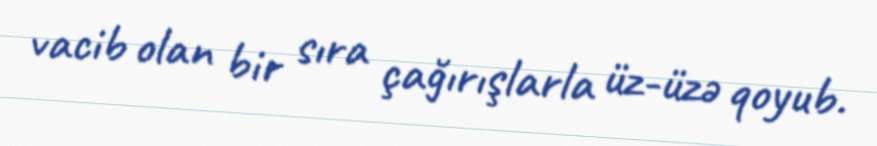
vacib olan bir sıra çağırışlarla üz-üzə qoyub.